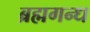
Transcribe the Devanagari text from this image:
ब्रह्मगन्ध